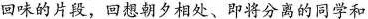
回味的片段，回想朝夕相处、即将分离的同学和